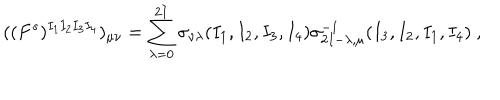
( ( F ^ { s } ) ^ { I _ { 1 } I _ { 2 } I _ { 3 } I _ { 4 } } ) _ { \mu \nu } = \sum _ { \lambda = 0 } ^ { 2 I } \sigma _ { \nu \lambda } ( I _ { 1 } , I _ { 2 } , I _ { 3 } , I _ { 4 } ) \sigma _ { 2 I - \lambda , \mu } ^ { - 1 } ( I _ { 3 } , I _ { 2 } , I _ { 1 } , I _ { 4 } ) \ ,